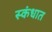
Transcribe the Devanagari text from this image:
स्कंधात